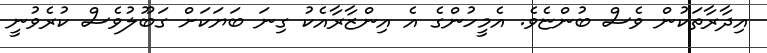
އިދާރާތަކުން ވެސް ބުންޏެވެ. އެމީހުންގެ އެ އިންޒާރާއެކު ގިނަ ބަޔަކަށް ގަބޫލުވެސް ކުރެވުނީ